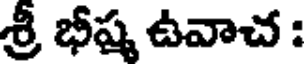
శ్రీ భీష్మ ఉవాచ :